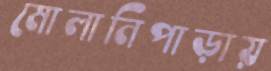
মোলানিপাড়ায়